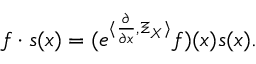
f \cdot s ( x ) = ( e ^ { \langle \frac { \partial } { \partial x } , \Xi _ { X } \rangle } f ) ( x ) s ( x ) .